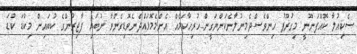
ސެކިއުލާ ކޮއްފަނޫނީ މިގުރޫޕު ހިންވެސްދެމިނުލާނެކަންޔަގީން..ހުރިހާކަމެއް އެންމެމޮޅައްދެނެވޮޑިގެންވާ ނުބައި ފާޖިރުންގެ ކުބައިން މިކުޑަ ކުޑަ